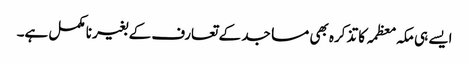
ایسے ہی مکہ معظمہ کا تذکرہ بھی مساجد کے تعارف کے بغیر نا مکمل ہے۔